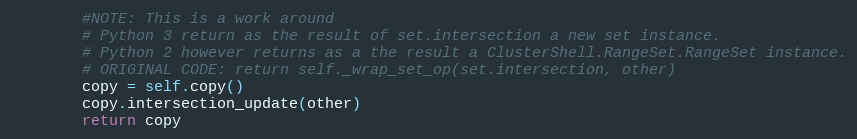
Language: Python
        #NOTE: This is a work around
        # Python 3 return as the result of set.intersection a new set instance.
        # Python 2 however returns as a the result a ClusterShell.RangeSet.RangeSet instance.
        # ORIGINAL CODE: return self._wrap_set_op(set.intersection, other)
        copy = self.copy()
        copy.intersection_update(other)
        return copy